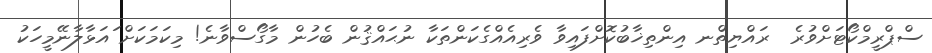
ސްޕްރީމްކޯޓަށްވުރެ  ރައްޔިތްނ އިންތިޚާބުކޮށްފައިވާ ވެރިއެއްގެކަންތަކާ ނުޙައްޤުން ބެހުން މާގޯސްވާނެ! މިކަމަކަށް ައަޅާލާނޭމީހަކު